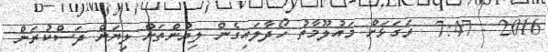
2016 - 7:47  ރަގަޅަށް މައުލޫމާތު ހޯދާލައިގެން ލިޔުންތަށް ލިޔަން ދަސްކުރަން